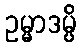
ဥမ္မာဒမ္ပိ